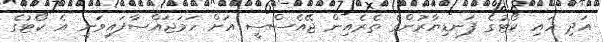
އަދި ހައި ކޯޓުގެ ފަނޑިޔާރުންގެ ތެރެއިން ޖޭއެސްސީ އަށް ހަމަޖައްސާފައިވަނީ އެ ކޯޓުގެ